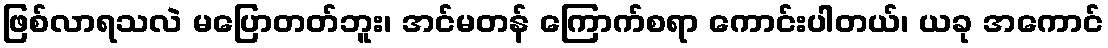
ဖြစ်လာရသလဲ မပြောတတ်ဘူး၊ အင်မတန် ကြောက်စရာ ကောင်းပါတယ်၊ ယခု အကောင်